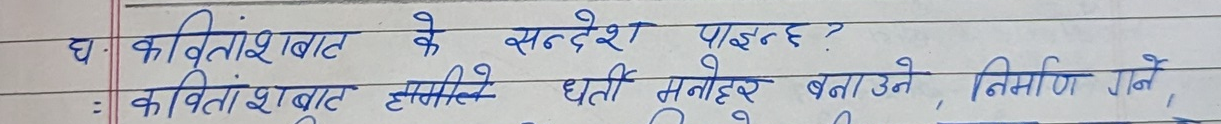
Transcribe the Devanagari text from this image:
घ. कवितांशबाट के सन्देश पाइन्छ ?
कवितांशबाट हामीले धर्ती मनोहर बनाउने, निर्माण गर्ने,